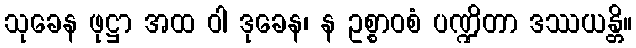
သုခေန ဖုဋ္ဌာ အထ ဝါ ဒုခေန၊ န ဥစ္စာဝစံ ပဏ္ဍိတာ ဒဿယန္တိ။